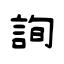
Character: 詢